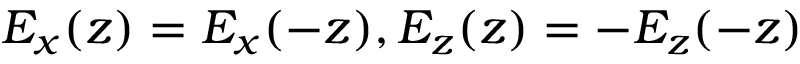
E _ { x } ( z ) = E _ { x } ( - z ) , E _ { z } ( z ) = - E _ { z } ( - z )